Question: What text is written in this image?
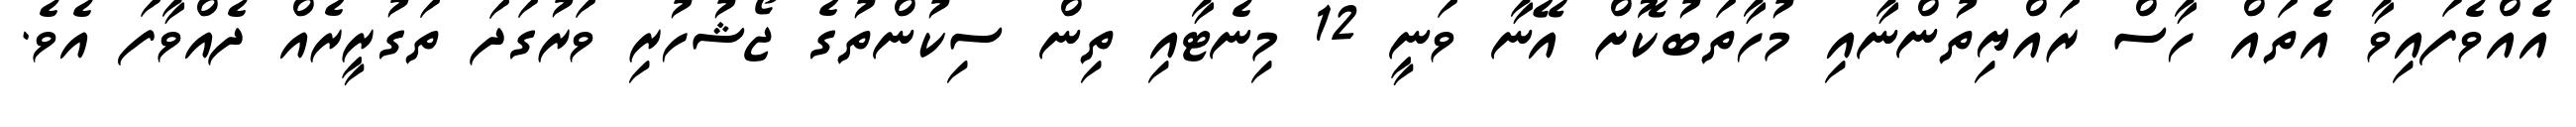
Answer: އެއްވެފައިވާ އެތައް ހާސް ރައްޔިތުންނާއި މުހާތަބުކޮށް އޭނާ ވަނީ 12 މިނެޓާއި ތިން ސިކުންތުގެ ޖޯޝުހުރި ވަރުގަދަ ތަގުރީރެއް ދެއްވާފަ އެވެ.